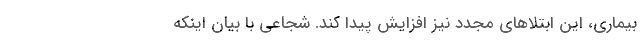
بیماری، این ابتلاهای مجدد نیز افزایش پیدا کند. شجاعی با بیان اینکه